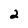
Character: 2